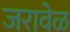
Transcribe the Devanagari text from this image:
जरावेळ